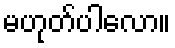
မဟုတ်ပါလော။